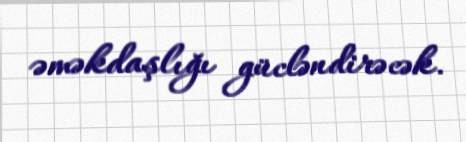
əməkdaşlığı gücləndirəcək.